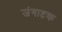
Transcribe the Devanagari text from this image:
जंगाष्टक